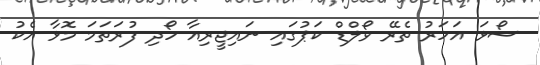
ސޯޅަ އަހަރު ތެރޭ ވޯލްޑް ކަޕުގައި ނައިޖީރިއާ ހޯދި ފުރަތަމަ މޮޅާ އެކު